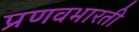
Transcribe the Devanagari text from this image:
प्रणवभारती